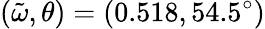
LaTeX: (\tilde{\omega},\theta)=(0.518,54.5^{\circ})